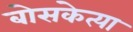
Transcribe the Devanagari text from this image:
बोसकेत्या